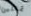
تمثلين